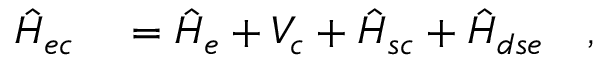
\begin{array} { r l } { \hat { H } _ { e c } } & { { } = \hat { H } _ { e } + V _ { c } + \hat { H } _ { s c } + \hat { H } _ { d s e } \quad , } \end{array}